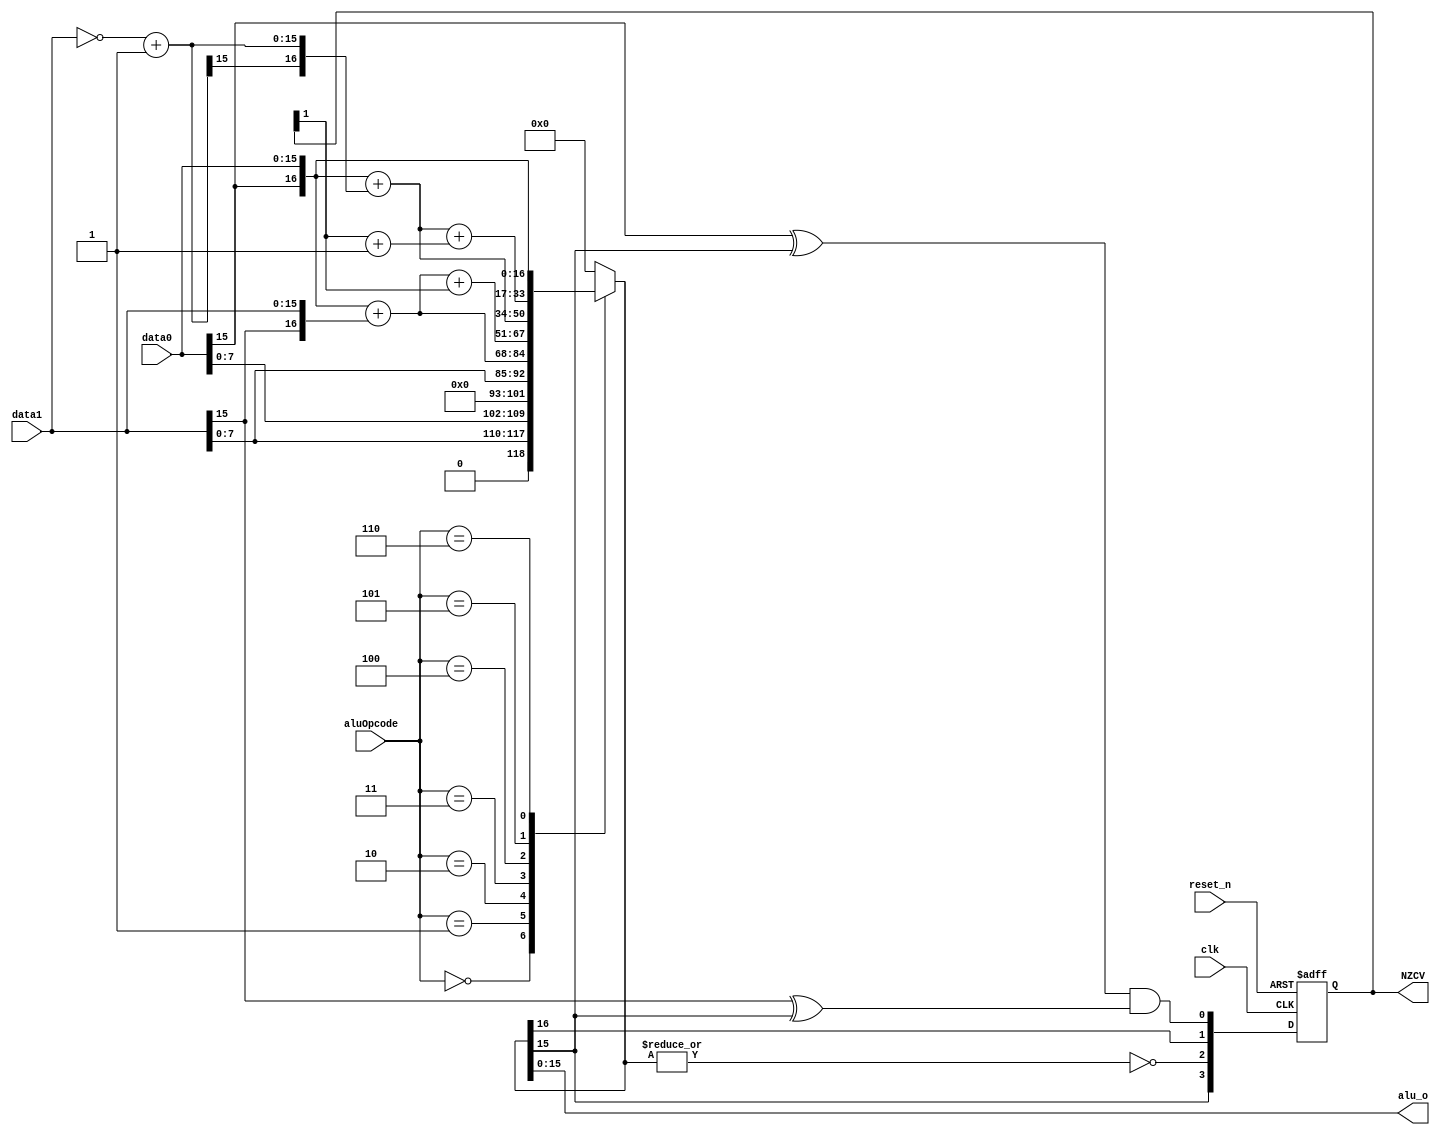
module ALU #(
    parameter integer LENGTH = 16
)(
    input  clk,
    input  reset_n,
    input  [2:0] aluOpcode,
    input  [LENGTH-1:0] data0,
    input  [LENGTH-1:0] data1,
    output [LENGTH-1:0] alu_o,
    output reg [3:0] NZCV
);

localparam LHI = 3'd0;
localparam LLI = 3'd1;
localparam ADD = 3'd2;
localparam ADC = 3'd3;
localparam SUB = 3'd4;
localparam SBB = 3'd5;
localparam MOV = 3'd6;

wire [LENGTH-1:0] data1_neg = ~data1 + 'b1;
reg  [LENGTH:0]   result;

assign alu_o = result[0+:LENGTH];

always @(*) begin
    case (aluOpcode)
        LHI: result = {1'b0,data1[7:0],data0[7:0]};
        LLI: result = {1'b0,8'd0,data1[7:0]};
        ADD: result = {{1{data0[LENGTH-1]}},data0}  + {{1{data1[LENGTH-1]}},data1};
        ADC: result = {{1{data0[LENGTH-1]}},data0}  + {{1{data1[LENGTH-1]}},data1} + {{LENGTH-1{1'b0}},NZCV[1]};
        SUB: result = {{1{data0[LENGTH-1]}},data0}  + {{1{data1_neg[LENGTH-1]}},data1_neg};
        SBB: result = ({{1{data0[LENGTH-1]}},data0} + {{1{data1_neg[LENGTH-1]}},data1_neg}) + ({{LENGTH-1{1'b0}},NZCV[1]} + 16'd1);
        MOV: result = {{1{data0[LENGTH-1]}},data0};
        default: begin
            result = 17'd0;
        end
    endcase
end

// NZCV flags
// NZCV[0] -> V
// NZCV[1] -> C
// NZCV[2] -> Z
// NZCV[3] -> N
always @(posedge clk or negedge reset_n) begin
    if(!reset_n) begin
        NZCV <= 4'd0;
    end else begin
        NZCV[0] <= (data0[LENGTH-1] ^ result[LENGTH-1]) & (data1[LENGTH-1] ^ result[LENGTH-1]);
        NZCV[1] <= result[LENGTH];
        NZCV[2] <= ~(|result);       // Zero
        NZCV[3] <= result[LENGTH-1]; // Negative
    end
end

endmodule